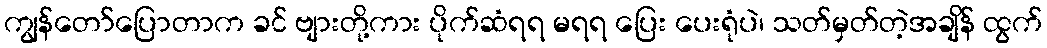
ကျွန်တော်ပြောတာက ခင် ဗျားတို့ကား ပိုက်ဆံရရ မရရ ပြေး ပေးရုံပဲ၊ သတ်မှတ်တဲ့အချိန် ထွက်